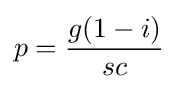
p={\frac {g(1-i)}{sc}}